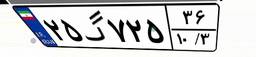
۰۳گ۴۳۴۶۳